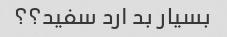
بسیار بد ارد سفید؟؟